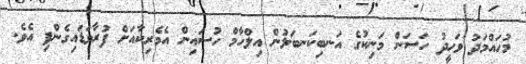
މުހައްމަދު ވަހީދު ހަސަން މަނިކުގެ އަނބިކަނބަލުން އިލްހާމް ހުސައިން އެމެރިކާއަށް ފުރާވަޑައިގެންފި އެވެ.